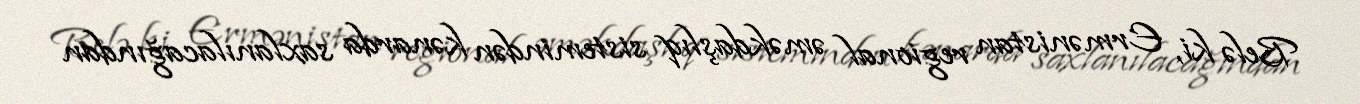
Belə ki, Ermənistan regional əməkdaşlıq sistemindən kənarda saxlanılacağından